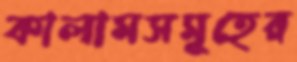
কালামসমূহের